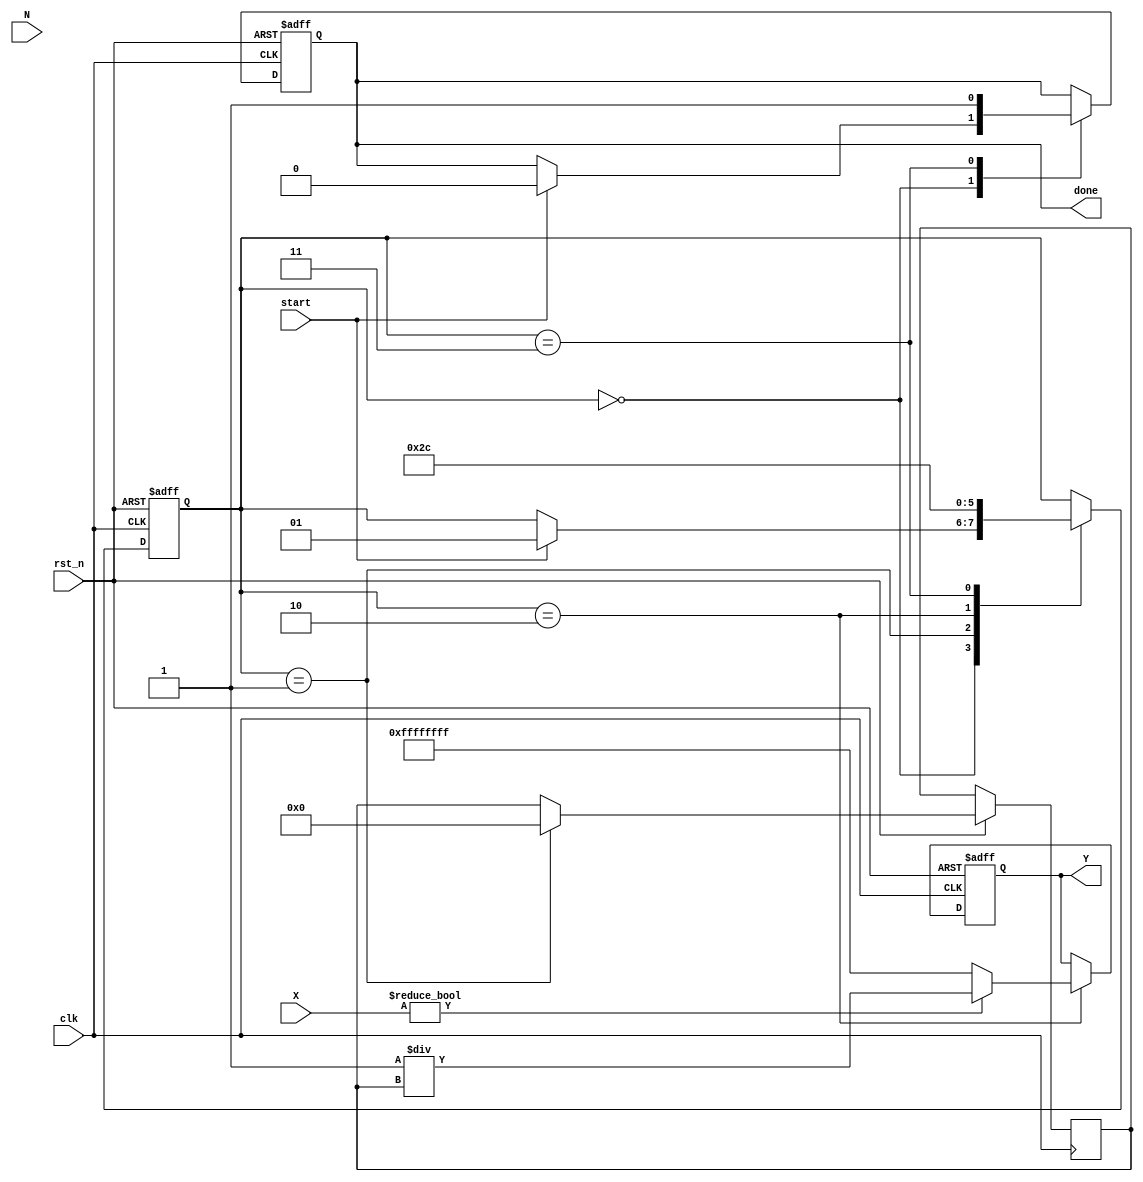
module fractional_order_reciprocal (
    input wire clk,               // Clock signal
    input wire rst_n,             // Active low reset
    input wire [15:0] X,          // Input variable (fixed-point representation)
    input wire [15:0] N,          // Fractional order (fixed-point representation)
    input wire start,             // Start signal for computation
    output reg [31:0] Y,          // Output result (fixed-point representation)
    output reg done               // Done signal for computation completion
);

    // Internal registers
    reg [31:0] ln_X;              // Natural logarithm of X
    reg [31:0] exp_result;        // Result of e^(N * ln(X))
    reg [31:0] X_power_N;         // X^N
    reg [1:0] state;              // FSM state
    reg [31:0] N_times_ln_X;      // N * ln(X)

    // State encoding
    localparam IDLE = 2'b00,
               CALC_LN = 2'b01,
               CALC_EXP = 2'b10,
               DONE = 2'b11;

    // Logarithm and Exponential approximation (simple fixed-point implementation)
    function [31:0] ln;
        input [15:0] x;
        begin
            // Simple approximation for ln(x) (for x > 0)
            // This is a placeholder for an actual logarithm function.
            ln = 32'h00000000; // Replace with actual logarithm calculation
        end
    endfunction

    function [31:0] exp;
        input [31:0] x;
        begin
            // Simple approximation for e^x
            exp = 32'h00000000; // Replace with actual exponential calculation
        end
    endfunction

    // State machine for computation
    always @(posedge clk or negedge rst_n) begin
        if (!rst_n) begin
            state <= IDLE;
            Y <= 32'b0;
            done <= 1'b0;
        end else begin
            case (state)
                IDLE: begin
                    if (start) begin
                        ln_X <= ln(X); // Compute ln(X)
                        state <= CALC_LN;
                        done <= 1'b0;
                    end
                end

                CALC_LN: begin
                    N_times_ln_X <= N * ln_X; // Calculate N * ln(X)
                    exp_result <= exp(N_times_ln_X); // Compute e^(N * ln(X))
                    state <= CALC_EXP;
                end

                CALC_EXP: begin
                    if (X != 16'b0) begin
                        Y <= 32'h00000001 / exp_result; // Y = 1 / (X^N)
                    end else begin
                        Y <= 32'hFFFFFFFF; // Handle division by zero (define behavior)
                    end
                    state <= DONE;
                end

                DONE: begin
                    done <= 1'b1; // Indicate completion
                    state <= IDLE; // Go back to idle
                end

                default: state <= IDLE; // Safety
            endcase
        end
    end

endmodule